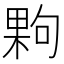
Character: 𭪹